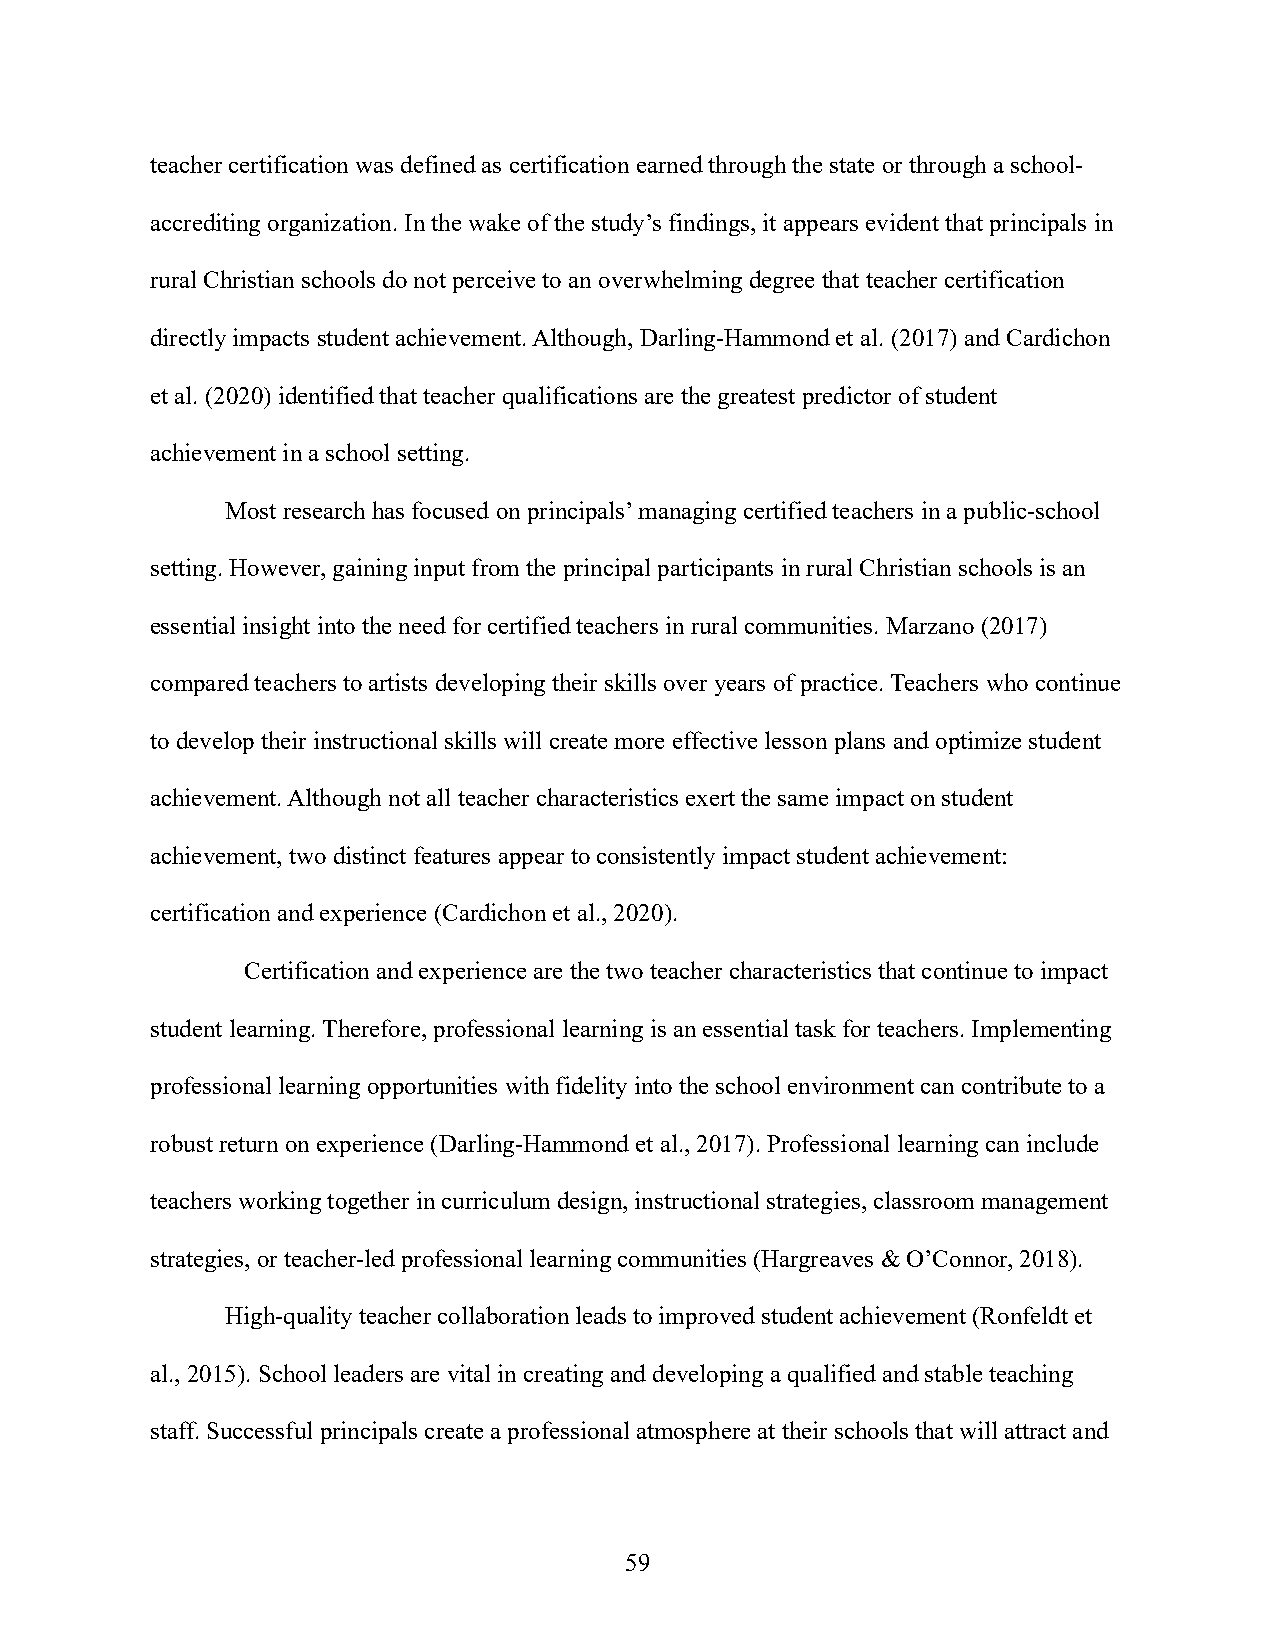
teacher certification was defined as certification earned through the state or through a school-
 accrediting organization. In the wake of the study’s findings, it appears evident that principals in
 rural Christian schools do not perceive to an overwhelming degree that teacher certification
 directly impacts student achievement. Although, Darling-Hammond et al. (2017) and Cardichon
 et al. (2020) identified that teacher qualifications are the greatest predictor of student
 achievement in a school setting.
 Most research has focused on principals’ managing certified teachers in a public-school
 setting. However, gaining input from the principal participants in rural Christian schools is an
 essential insight into the need for certified teachers in rural communities. Marzano (2017)
 compared teachers to artists developing their skills over years of practice. Teachers who continue
 to develop their instructional skills will create more effective lesson plans and optimize student
 achievement. Although not all teacher characteristics exert the same impact on student
 achievement, two distinct features appear to consistently impact student achievement:
 certification and experience (Cardichon et al., 2020).
 Certification and experience are the two teacher characteristics that continue to impact
 student learning. Therefore, professional learning is an essential task for teachers. Implementing
 professional learning opportunities with fidelity into the school environment can contribute to a
 robust return on experience (Darling-Hammond et al., 2017). Professional learning can include
 teachers working together in curriculum design, instructional strategies, classroom management
 strategies, or teacher-led professional learning communities (Hargreaves & O’Connor, 2018).
 High-quality teacher collaboration leads to improved student achievement (Ronfeldt et
 al., 2015). School leaders are vital in creating and developing a qualified and stable teaching
 staff. Successful principals create a professional atmosphere at their schools that will attract and
 59